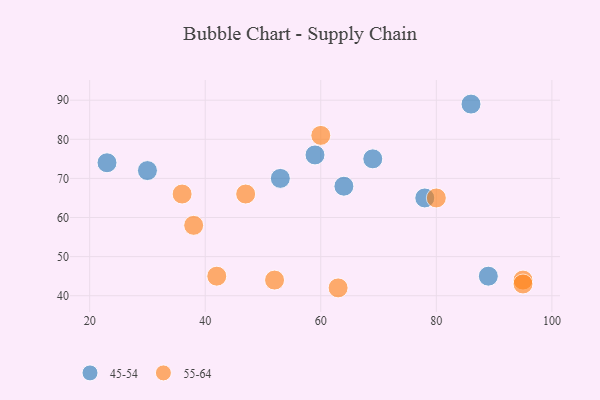
{"axis": {"x": "GDP", "y": "Life Expectancy"}, "legend": ["45-54", "55-64"], "data": [{"x": "53", "y": 70, "type": "45-54"}, {"x": "23", "y": 74, "type": "45-54"}, {"x": "30", "y": 72, "type": "45-54"}, {"x": "59", "y": 76, "type": "45-54"}, {"x": "78", "y": 65, "type": "45-54"}, {"x": "64", "y": 68, "type": "45-54"}, {"x": "69", "y": 75, "type": "45-54"}, {"x": "89", "y": 45, "type": "45-54"}, {"x": "86", "y": 89, "type": "45-54"}, {"x": "80", "y": 65, "type": "55-64"}, {"x": "42", "y": 45, "type": "55-64"}, {"x": "63", "y": 42, "type": "55-64"}, {"x": "52", "y": 44, "type": "55-64"}, {"x": "95", "y": 44, "type": "55-64"}, {"x": "38", "y": 58, "type": "55-64"}, {"x": "95", "y": 43, "type": "55-64"}, {"x": "47", "y": 66, "type": "55-64"}, {"x": "60", "y": 81, "type": "55-64"}, {"x": "36", "y": 66, "type": "55-64"}]}